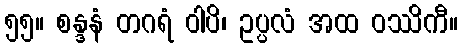
၅၅။ စန္ဒနံ တဂရံ ဝါပိ၊ ဥပ္ပလံ အထ ဝဿိကီ။